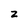
Character: z